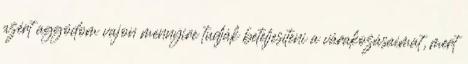
azért aggódom vajon mennyire tudják beteljesíteni a várakozásaimat, mert